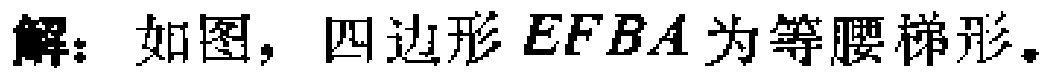
解：如图，四边形\(EFBA\)为等腰梯形。